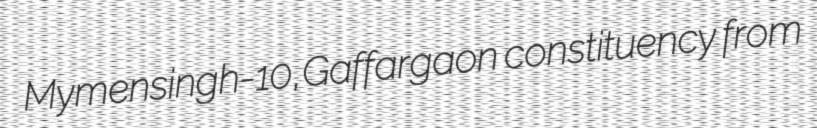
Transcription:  Mymensingh-10,Gaffargaon constituency from